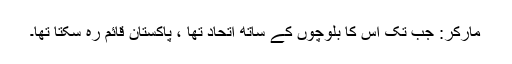
مارکر: جب تک اس کا بلوچوں کے ساتھ اتحاد تھا ، پاکستان قائم رہ سکتا تھا۔